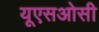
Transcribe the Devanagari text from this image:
यूएसओसी